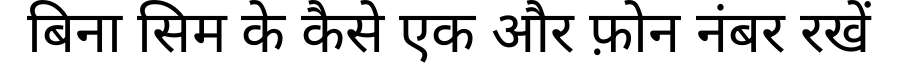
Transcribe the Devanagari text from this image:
बिना सिम के कैसे एक और फ़ोन नंबर रखें